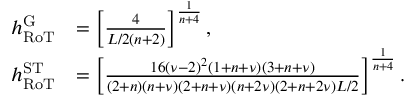
\begin{array} { r l } { h _ { \mathrm { R o T } } ^ { \mathrm { G } } } & { = \left[ \frac { 4 } { L / 2 ( n + 2 ) } \right] ^ { \frac { 1 } { n + 4 } } , } \\ { h _ { \mathrm { R o T } } ^ { \mathrm { S T } } } & { = \left[ \frac { 1 6 ( \nu - 2 ) ^ { 2 } ( 1 + n + \nu ) ( 3 + n + \nu ) } { ( 2 + n ) ( n + \nu ) ( 2 + n + \nu ) ( n + 2 \nu ) ( 2 + n + 2 \nu ) L / 2 } \right] ^ { \frac { 1 } { n + 4 } } . } \end{array}